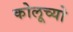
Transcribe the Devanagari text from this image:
कोलूच्यो